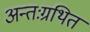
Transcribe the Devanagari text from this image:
अन्तःग्रथित